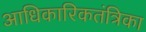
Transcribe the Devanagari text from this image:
आधिकारिकतंत्रिका